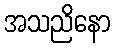
အသညိနော